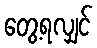
တွေ့ရလျှင်